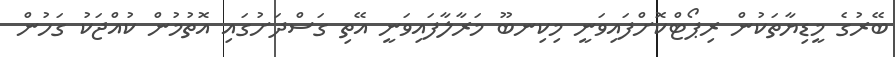
ބޭރުގެ މީޑިޔާތަކުން ރިޕޯޓްކޮށްފައިވަނީ މިކިނބޫ މަރާލާފައިވަނީ އޭތި ގަސްދަށުގައި އޮތުމުން ކުއްޖަކު ގަހުން